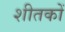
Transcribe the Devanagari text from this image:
शीतकों